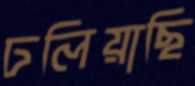
ঢলিয়াছি